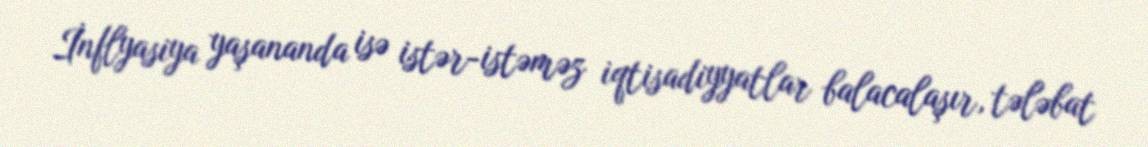
İnflyasiya yaşananda isə istər-istəməz iqtisadiyyatlar balacalaşır, tələbat